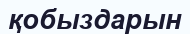
қобыздарын